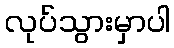
လုပ်သွားမှာပါ